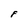
Character: F